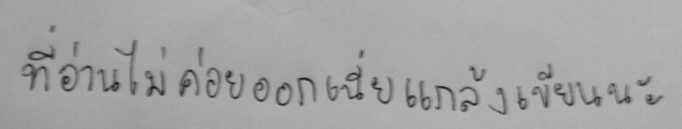
ที่อ่านไม่ค่อยออกเนี่ยแกล้งเขียนนะ